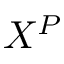
X ^ { P }